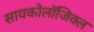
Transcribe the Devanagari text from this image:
सायकोलाॅजिक्ल